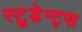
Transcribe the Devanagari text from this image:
स्टुडेन्ट्स